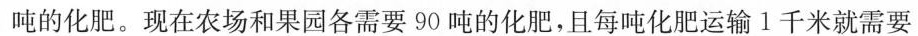
吨的化肥。现在农场和果园各需要90吨的化肥，且每吨化肥运输1千米就需要